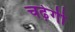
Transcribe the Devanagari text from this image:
चढ़ेगी